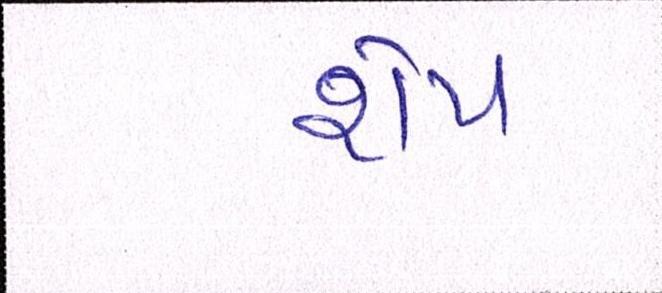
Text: શેપ